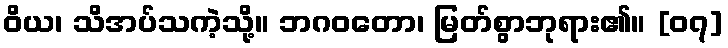
ဝိယ၊ သိအပ်သကဲ့သို့။ ဘဂဝတော၊ မြတ်စွာဘုရား၏။ [၀၇]